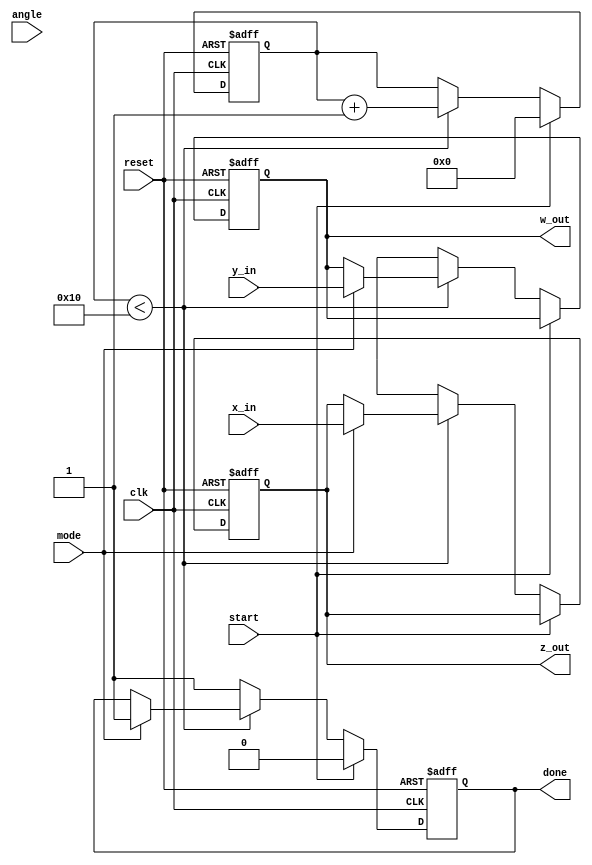
module complex_cordic (
    input wire clk,
    input wire reset,
    input wire start,
    input wire [15:0] x_in, // Real part input
    input wire [15:0] y_in, // Imaginary part input
    input wire [15:0] angle, // Angle input for rotation
    input wire mode, // 0 for rotation, 1 for vectoring
    output reg [15:0] z_out, // Real part output
    output reg [15:0] w_out, // Imaginary part output
    output reg done // Operation complete flag
);

    // CORDIC parameters
    parameter NUM_ITERATIONS = 16;
    reg [15:0] x [0:NUM_ITERATIONS-1]; // X values
    reg [15:0] y [0:NUM_ITERATIONS-1]; // Y values
    reg [15:0] angle_table [0:NUM_ITERATIONS-1]; // Angle lookup table
    reg [3:0] iteration; // Iteration counter
    reg [15:0] current_angle; // Current angle for rotation

    // Initialize angle lookup table (in fixed-point representation)
    initial begin
        angle_table[0] = 16'h26DD; // atan(2^-0)
        angle_table[1] = 16'h1C71; // atan(2^-1)
        angle_table[2] = 16'h14AE; // atan(2^-2)
        angle_table[3] = 16'h0F32; // atan(2^-3)
        angle_table[4] = 16'h07A1; // atan(2^-4)
        angle_table[5] = 16'h03D7; // atan(2^-5)
        angle_table[6] = 16'h01FB; // atan(2^-6)
        angle_table[7] = 16'h00FF; // atan(2^-7)
        angle_table[8] = 16'h007F; // atan(2^-8)
        angle_table[9] = 16'h003F; // atan(2^-9)
        angle_table[10] = 16'h001F; // atan(2^-10)
        angle_table[11] = 16'h000F; // atan(2^-11)
        angle_table[12] = 16'h0007; // atan(2^-12)
        angle_table[13] = 16'h0003; // atan(2^-13)
        angle_table[14] = 16'h0001; // atan(2^-14)
        angle_table[15] = 16'h0000; // atan(2^-15)
    end

    // State machine for CORDIC operation
    always @(posedge clk or posedge reset) begin
        if (reset) begin
            iteration <= 0;
            z_out <= 0;
            w_out <= 0;
            done <= 0;
        end else if (start) begin
            // Initialize inputs
            x[0] <= x_in;
            y[0] <= y_in;
            current_angle <= angle;
            iteration <= 0;
            done <= 0;
        end else if (iteration < NUM_ITERATIONS) begin
            // CORDIC rotation algorithm
            if (mode == 0) begin // Rotation mode
                if (current_angle >= 0) begin
                    x[iteration + 1] <= x[iteration] - (y[iteration] >> iteration);
                    y[iteration + 1] <= y[iteration] + (x[iteration] >> iteration);
                    current_angle <= current_angle - angle_table[iteration];
                end else begin
                    x[iteration + 1] <= x[iteration] + (y[iteration] >> iteration);
                    y[iteration + 1] <= y[iteration] - (x[iteration] >> iteration);
                    current_angle <= current_angle + angle_table[iteration];
                end
            end else begin // Vectoring mode
                // Vectoring logic can be implemented here
                // For simplicity, we will just copy the input to output
                z_out <= x_in;
                w_out <= y_in;
                done <= 1;
            end
            iteration <= iteration + 1;
        end else begin
            // Output the final results
            z_out <= x[NUM_ITERATIONS];
            w_out <= y[NUM_ITERATIONS];
            done <= 1;
        end
    end

endmodule